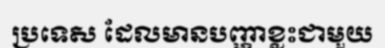
ប្រទេស ដែលមានបញ្ហាខ្លះជាមួយ